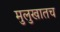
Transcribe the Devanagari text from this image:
मुलुखातच